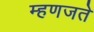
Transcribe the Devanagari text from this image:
म्हणजते